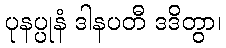
ပုနပ္ပုနံ ဒါနပတီ ဒဒိတွာ၊